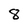
Character: 8